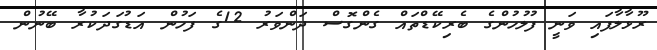
ރޫޅާލާފައި ވަނީ ފުލުހުންގެ ބެރިކޭޑްތައް ގެންގޮސް ދަންވަރު 12ގެ ފަހުން އަޑުގަދަކުރާ ބޭނުން